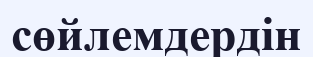
сөйлемдердін